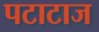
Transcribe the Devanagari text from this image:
पटाटाज